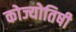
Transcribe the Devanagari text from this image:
कोज्योतिषी